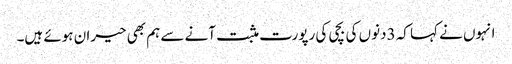
انہوں نے کہا کہ 3دنوں کی بچی کی رپورت مثبت آنے سے ہم بھی حیران ہوئے ہیں۔